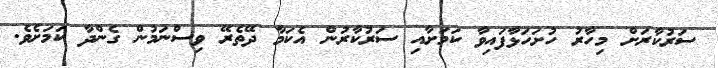
ސަރުކާރަށް މިހާރު ހުށަހަޅާފައިވާ ކަމަށާއި ސަރުކާރުން އެކަމާ ދޭތެރޭ ވިސްނަމުން ގެންދާ ކަމަށެވެ.